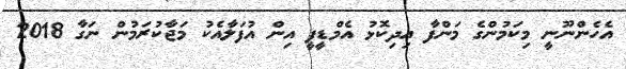
އެހެންނޫނީ މިކަމުންގެ މަންފާ އިދިކޮޅު އެމްޑީޕީ އިން އުފަލާއެކު މަޖާކުރަމުން ނަގާ 2018